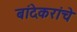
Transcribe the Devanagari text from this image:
बांदेकरांचे